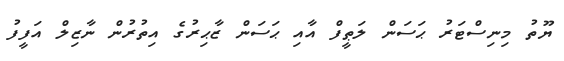
ޔޫތު މިނިސްޓަރު ޙަސަން ލަޠީފް އާއި ޙަސަން ޒާޙިރުގެ އިތުރުން ނާޒިލް އަފީފު